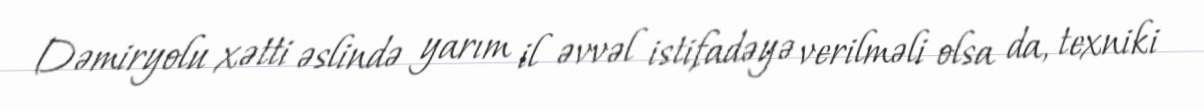
Dəmiryolu xətti əslində yarım il əvvəl istifadəyə verilməli olsa da, texniki